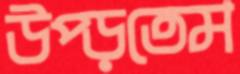
উপ্‌ড়তেম